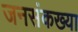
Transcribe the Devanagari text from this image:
जनसंकख्या